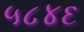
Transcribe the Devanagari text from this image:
५८४६